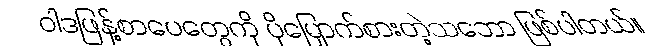
ဝါဒဖြန့်စာပေတွေကို ပိုမြှောက်စားတဲ့သဘော ဖြစ်ပါတယ်။